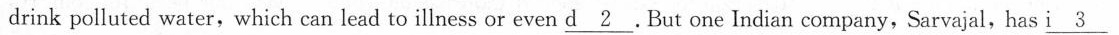
drink polluted water, which can lead to illness or even \underline{d 2}.But one Indian company, Sarvajal, has \underline{i 3}